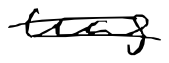
Text: was
Cross-out: double-line
Writing tool: digital_black